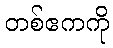
တစ်ဧကကို